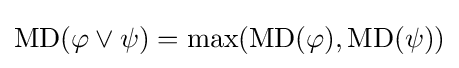
\operatorname {MD} (\varphi \vee \psi )=\max(\operatorname {MD} (\varphi ),\operatorname {MD} (\psi ))